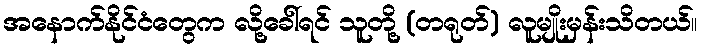
အနောက်နိုင်ငံတွေက လို့ခေါ်ရင် သူတို့ (တရုတ်) လူမျိုးမှန်းသိတယ်။